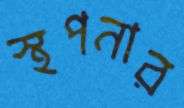
স্থপনার